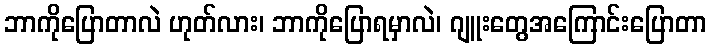
ဘာကိုပြောတာလဲ ဟုတ်လား၊ ဘာကိုပြောရမှာလဲ၊ ဂျူးတွေအကြောင်းပြောတာ